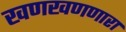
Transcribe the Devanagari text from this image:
खणखणणारा